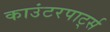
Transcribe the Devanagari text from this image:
काउंटरपार्ट्स